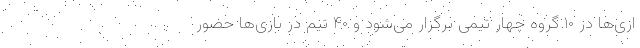
ازی‌ها در ۱۰ گروه چهار تیمی برگزار می‌شود و ۴۰ تیم در بازی‌ها حضور